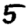
Digit: 5